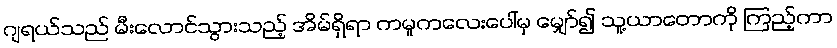
ဂျရယ်သည် မီးလောင်သွားသည့် အိမ်ရှိရာ ကမူကလေးပေါ်မှ မျှော်၍ သူ့ယာတောကို ကြည့်ကာ